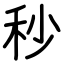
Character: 秒